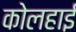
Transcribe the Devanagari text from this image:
कोलहाई